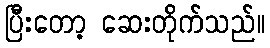
ပြီးတော့ ဆေးတိုက်သည်။